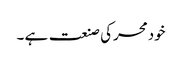
خودمحرکی صنعت ہے ۔